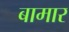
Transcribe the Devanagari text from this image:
बामार